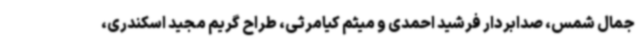
جمال شمس، صدابردار فرشید احمدی و میثم کیامرثی، طراح گریم مجید اسکندری،